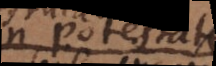
in potestate